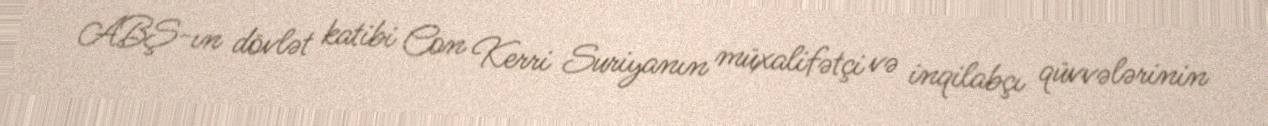
ABŞ-ın dövlət katibi Con Kerri Suriyanın müxalifətçi və inqilabçı qüvvələrinin